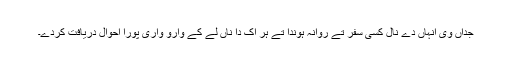
جداں وی انہاں دے نال کسی سفر تے روانہ ہوندا تے ہر اک دا ناں لے کے وارو واری پورا احوال دریافت کردے۔